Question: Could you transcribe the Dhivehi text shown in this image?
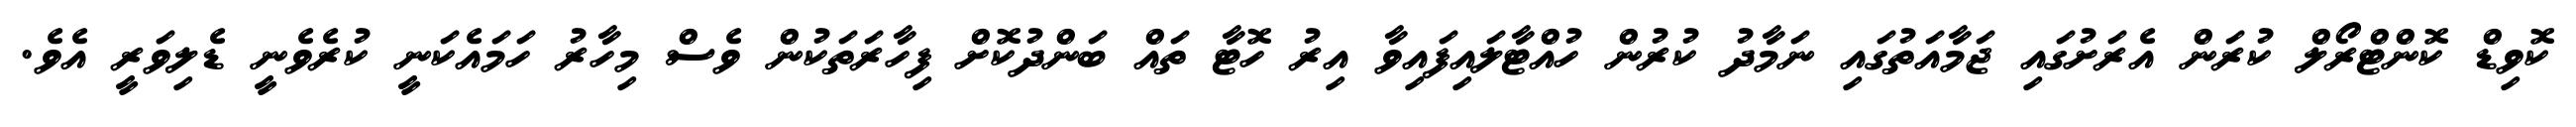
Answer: ކޮވިޑް ކޮންޓްރޯލް ކުރަން އެރަށުގައި ޖަމާއަތުގައި ނަމާދު ކުރުން ހުއްޓާލައިފައިވާ އިރު ހޮޓާ ތައް ބަންދުކޮށް ފިހާރަތަކުން ވެސް މިހާރު ހަމައެކަނީ ކުރެވެނީ ޑެލިވަރީ އެވެ.